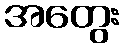
အတွေး